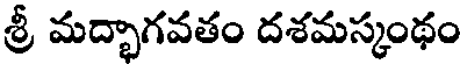
శ్రీ మద్భాగవతం దశమస్కంథం